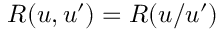
R ( u , u ^ { \prime } ) = R ( u / u ^ { \prime } )